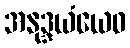
အနုဒ္ဒယံယေဝ